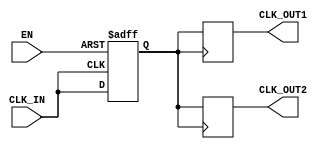
module ClockBuffer (
    input wire CLK_IN,        // Input clock signal
    input wire EN,           // Enable signal
    output reg CLK_OUT1,     // Buffered clock output 1
    output reg CLK_OUT2      // Buffered clock output 2 (optional)
);

    // Parameter for defining the clock frequency range
    parameter CLK_FREQ = 100; // Example frequency in MHz

    // Internal signal to hold the buffered clock
    reg buffered_clk;

    // Clock buffer logic
    always @(posedge CLK_IN or negedge EN) begin
        if (!EN) begin
            // When enable is low, hold output in defined state (usually low)
            buffered_clk <= 1'b0;
        end else begin
            // When enable is high, pass the input clock to the buffered clock
            buffered_clk <= CLK_IN;
        end
    end

    // Assign buffered clock to outputs
    always @(posedge buffered_clk) begin
        CLK_OUT1 <= buffered_clk;
        CLK_OUT2 <= buffered_clk; // Optional: Can be removed if only one output is needed
    end

endmodule